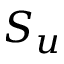
S _ { u }